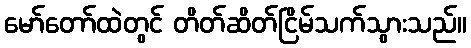
မော်တော်ထဲတွင် တိတ်ဆိတ်ငြိမ်သက်သွားသည်။